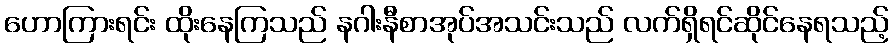
ဟောကြားရင်း ထိုးနေကြသည် နဂါးနီစာအုပ်အသင်းသည် လက်ရှိရင်ဆိုင်နေရသည့်